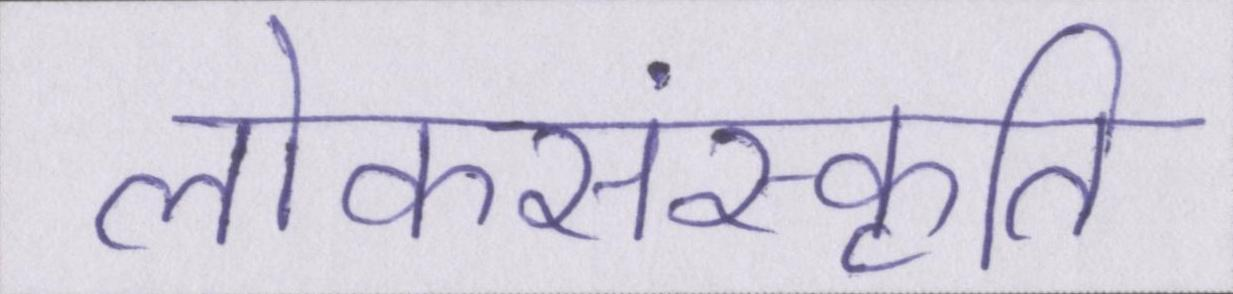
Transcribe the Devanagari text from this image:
लोकसंस्कृति